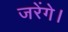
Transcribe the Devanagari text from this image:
जरेंगे।